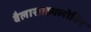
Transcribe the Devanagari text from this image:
वैलासाइक्लोविर